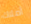
أملاك